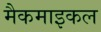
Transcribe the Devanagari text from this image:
मैकमाइकल